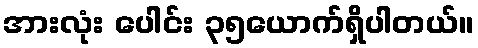
အားလုံး ပေါင်း ၃၅ယောက်ရှိပါတယ်။